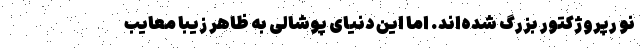
نو رپروژکتور بزرگ شده‌اند. اما این دنیای پوشالی به ظاهر زیبا معایب